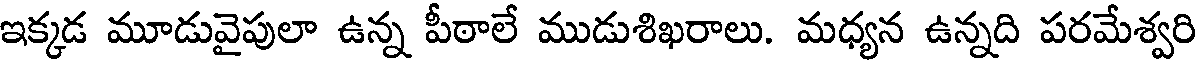
ఇక్కడ మూడువైపులా ఉన్న పీఠాలే ముడుశిఖరాలు. మధ్యన ఉన్నది పరమేశ్వరి